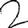
Digit: 2